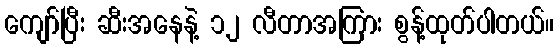
ကျော်ပြီး ဆီးအနေနဲ့ ၁၂ လီတာအကြား စွန့်ထုတ်ပါတယ်။